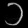
Digit: ၁